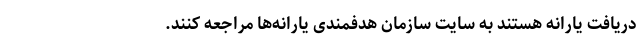
دریافت یارانه هستند به سایت سازمان هدفمندی یارانه‌ها مراجعه کنند.